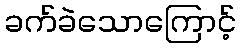
ခက်ခဲသောကြောင့်